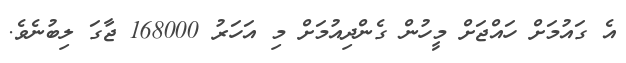
އެ ގައުމަށް ހައްޖަށް މީހުން ގެންދިއުމަށް މި އަހަރު 168000 ޖާގަ ލިބުނެވެ.